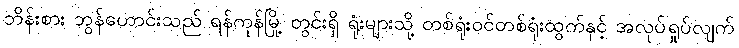
ဘိန်းစား ဘွန်ဟောင်းသည် ရန်ကုန်မြို့ တွင်းရှိ ရုံးများသို့ တစ်ရုံးဝင်တစ်ရုံးထွက်နှင့် အလုပ်ရှုပ်လျက်